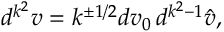
d ^ { k ^ { 2 } } v = k ^ { \pm 1 / 2 } d v _ { 0 } \, d ^ { k ^ { 2 } - 1 } \hat { v } ,